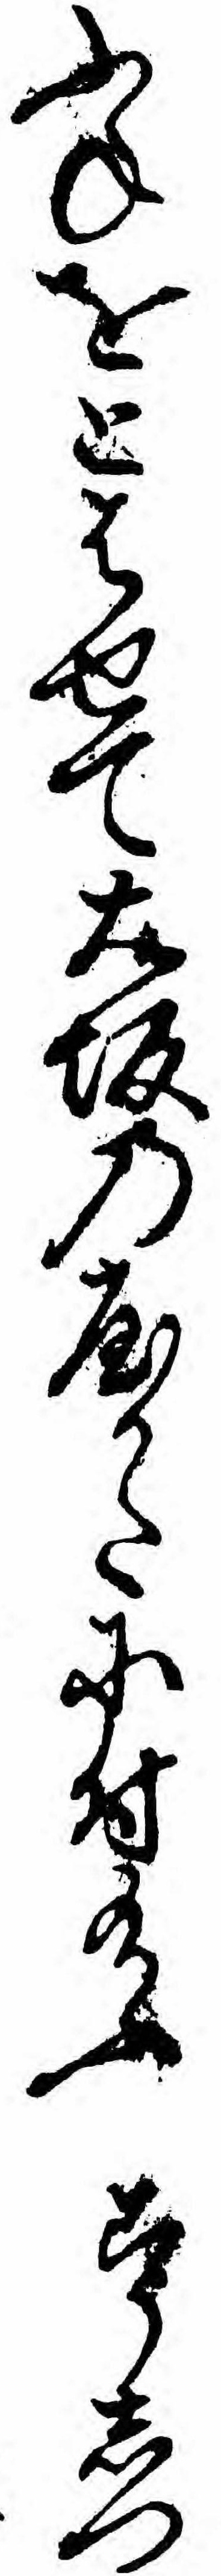
ふねをとはせて大坂の屋かたに付給ふこうしつ